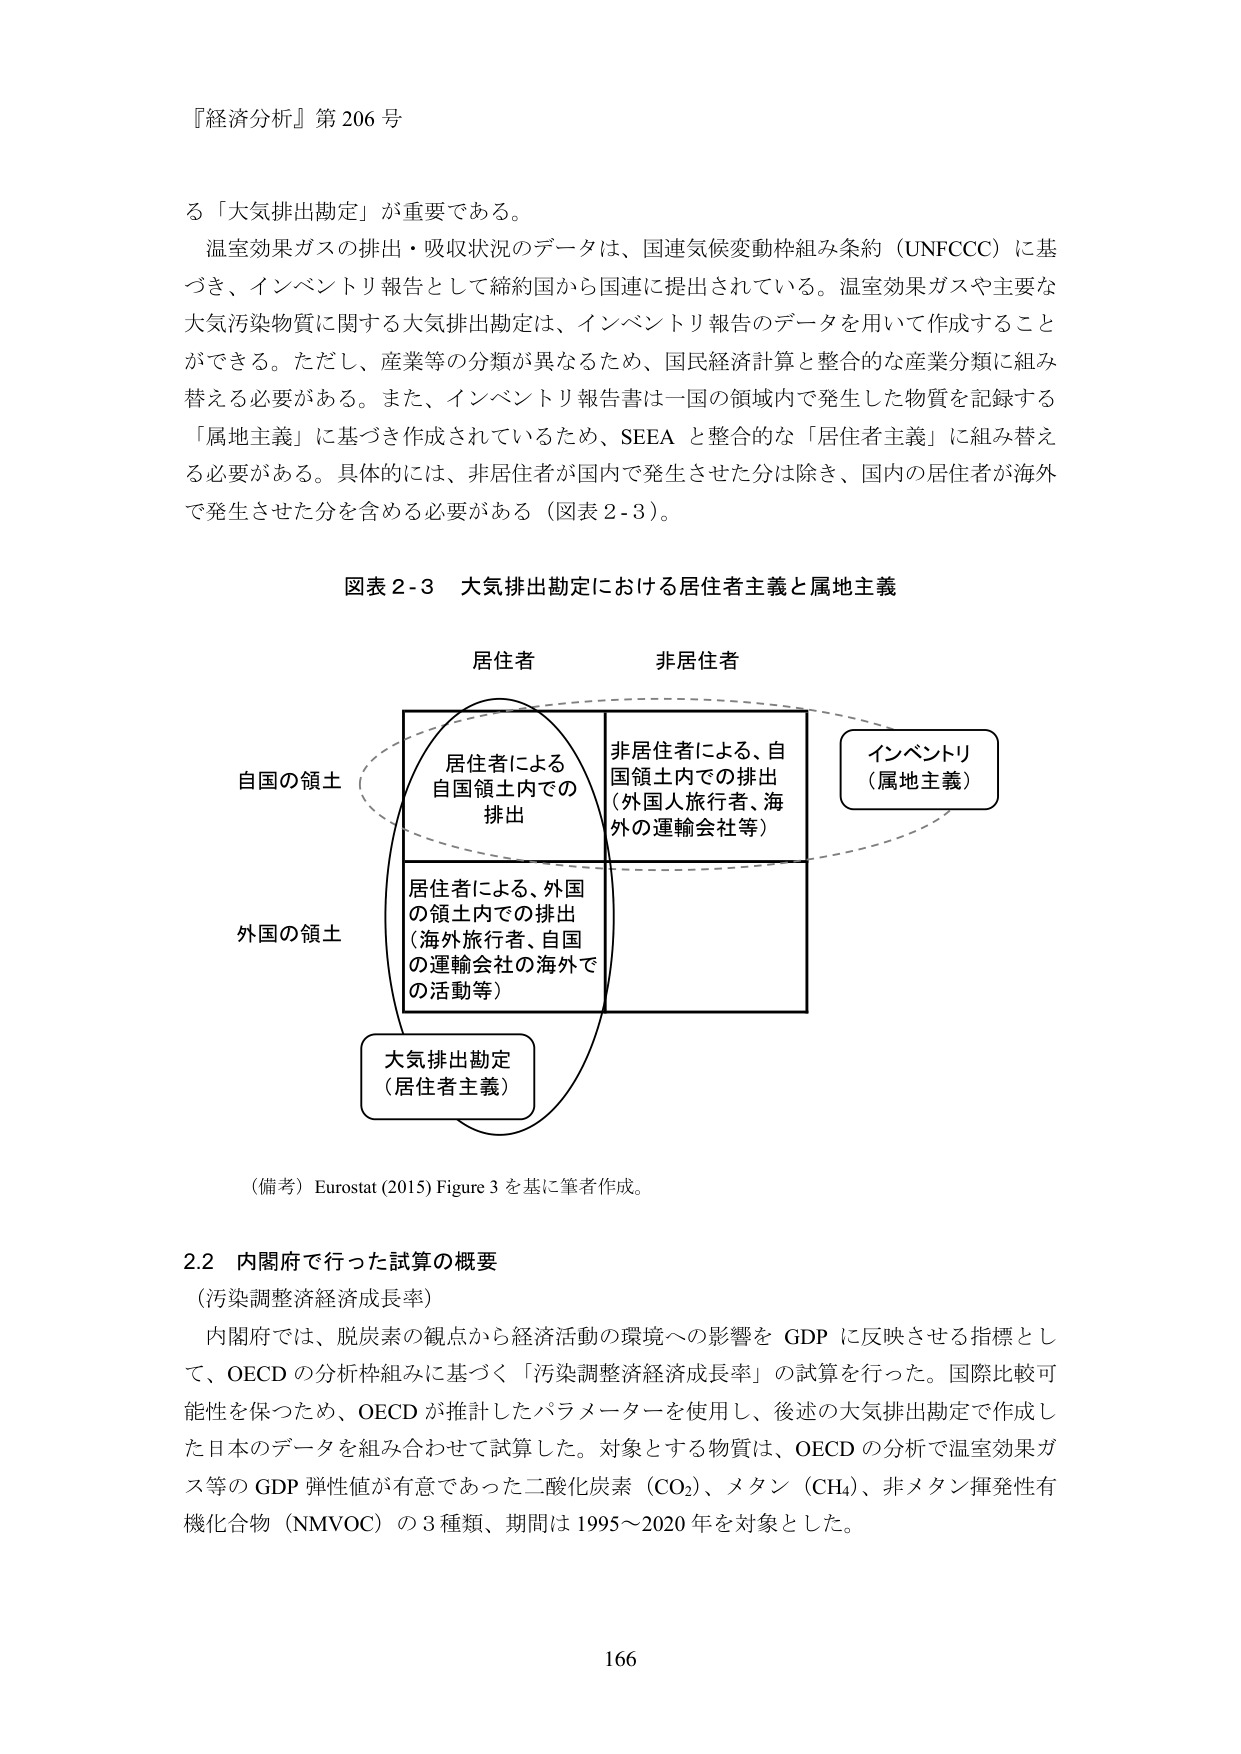
『経済分析』第206号

る「大気排出勘定」が重要である。
温室効果ガスの排出・吸収状況のデータは、国連気候変動枠組み条約（UNFCCC）に基づき、インベントリ報告として締約国から国連に提出されている。温室効果ガスや主要な大気汚染物質に関する大気排出勘定は、インベントリ報告のデータを用いて作成することができる。ただし、産業等の分類が異なるため、国民経済計算と整合的な産業分類に組み替える必要がある。また、インベントリ報告書は一国の領域内で発生した物質を記録する「属地主義」に基づき作成されているため、SEEA と整合的な「居住者主義」に組み替える必要がある。具体的には、非居住者が国内で発生させた分は除き、国内の居住者が海外で発生させた分を含める必要がある（図表2-3）。

図表2-3 大気排出勘定における居住者主義と属地主義

居住者　　非居住者